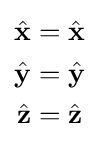
{\begin{aligned}{\hat {\mathbf {x} }}&={\hat {\mathbf {x} }}\\{\hat {\mathbf {y} }}&={\hat {\mathbf {y} }}\\{\hat {\mathbf {z} }}&={\hat {\mathbf {z} }}\\\end{aligned}}